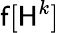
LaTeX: \mathsf{f}[\mathsf{H}^{k}]